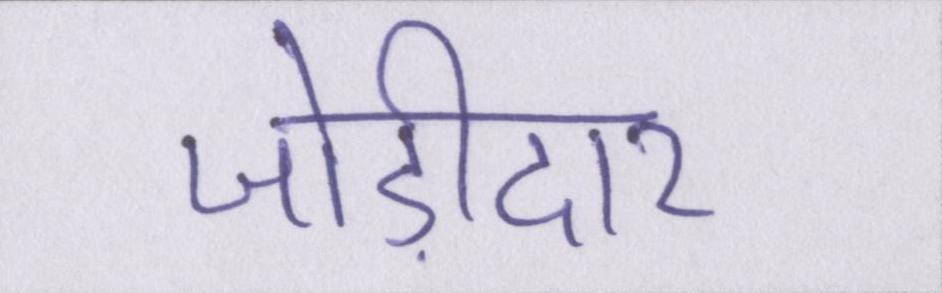
जोड़ीदार